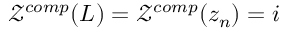
\mathcal { Z } ^ { c o m p } ( L ) = \mathcal { Z } ^ { c o m p } ( z _ { n } ) = i